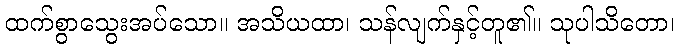
ထက်စွာသွေးအပ်သော။ အသိယထာ၊ သန်လျက်နှင့်တူ၏။ သုပါသိတော၊